Torma_(Votikvere)_vallavalitsus, lk 44
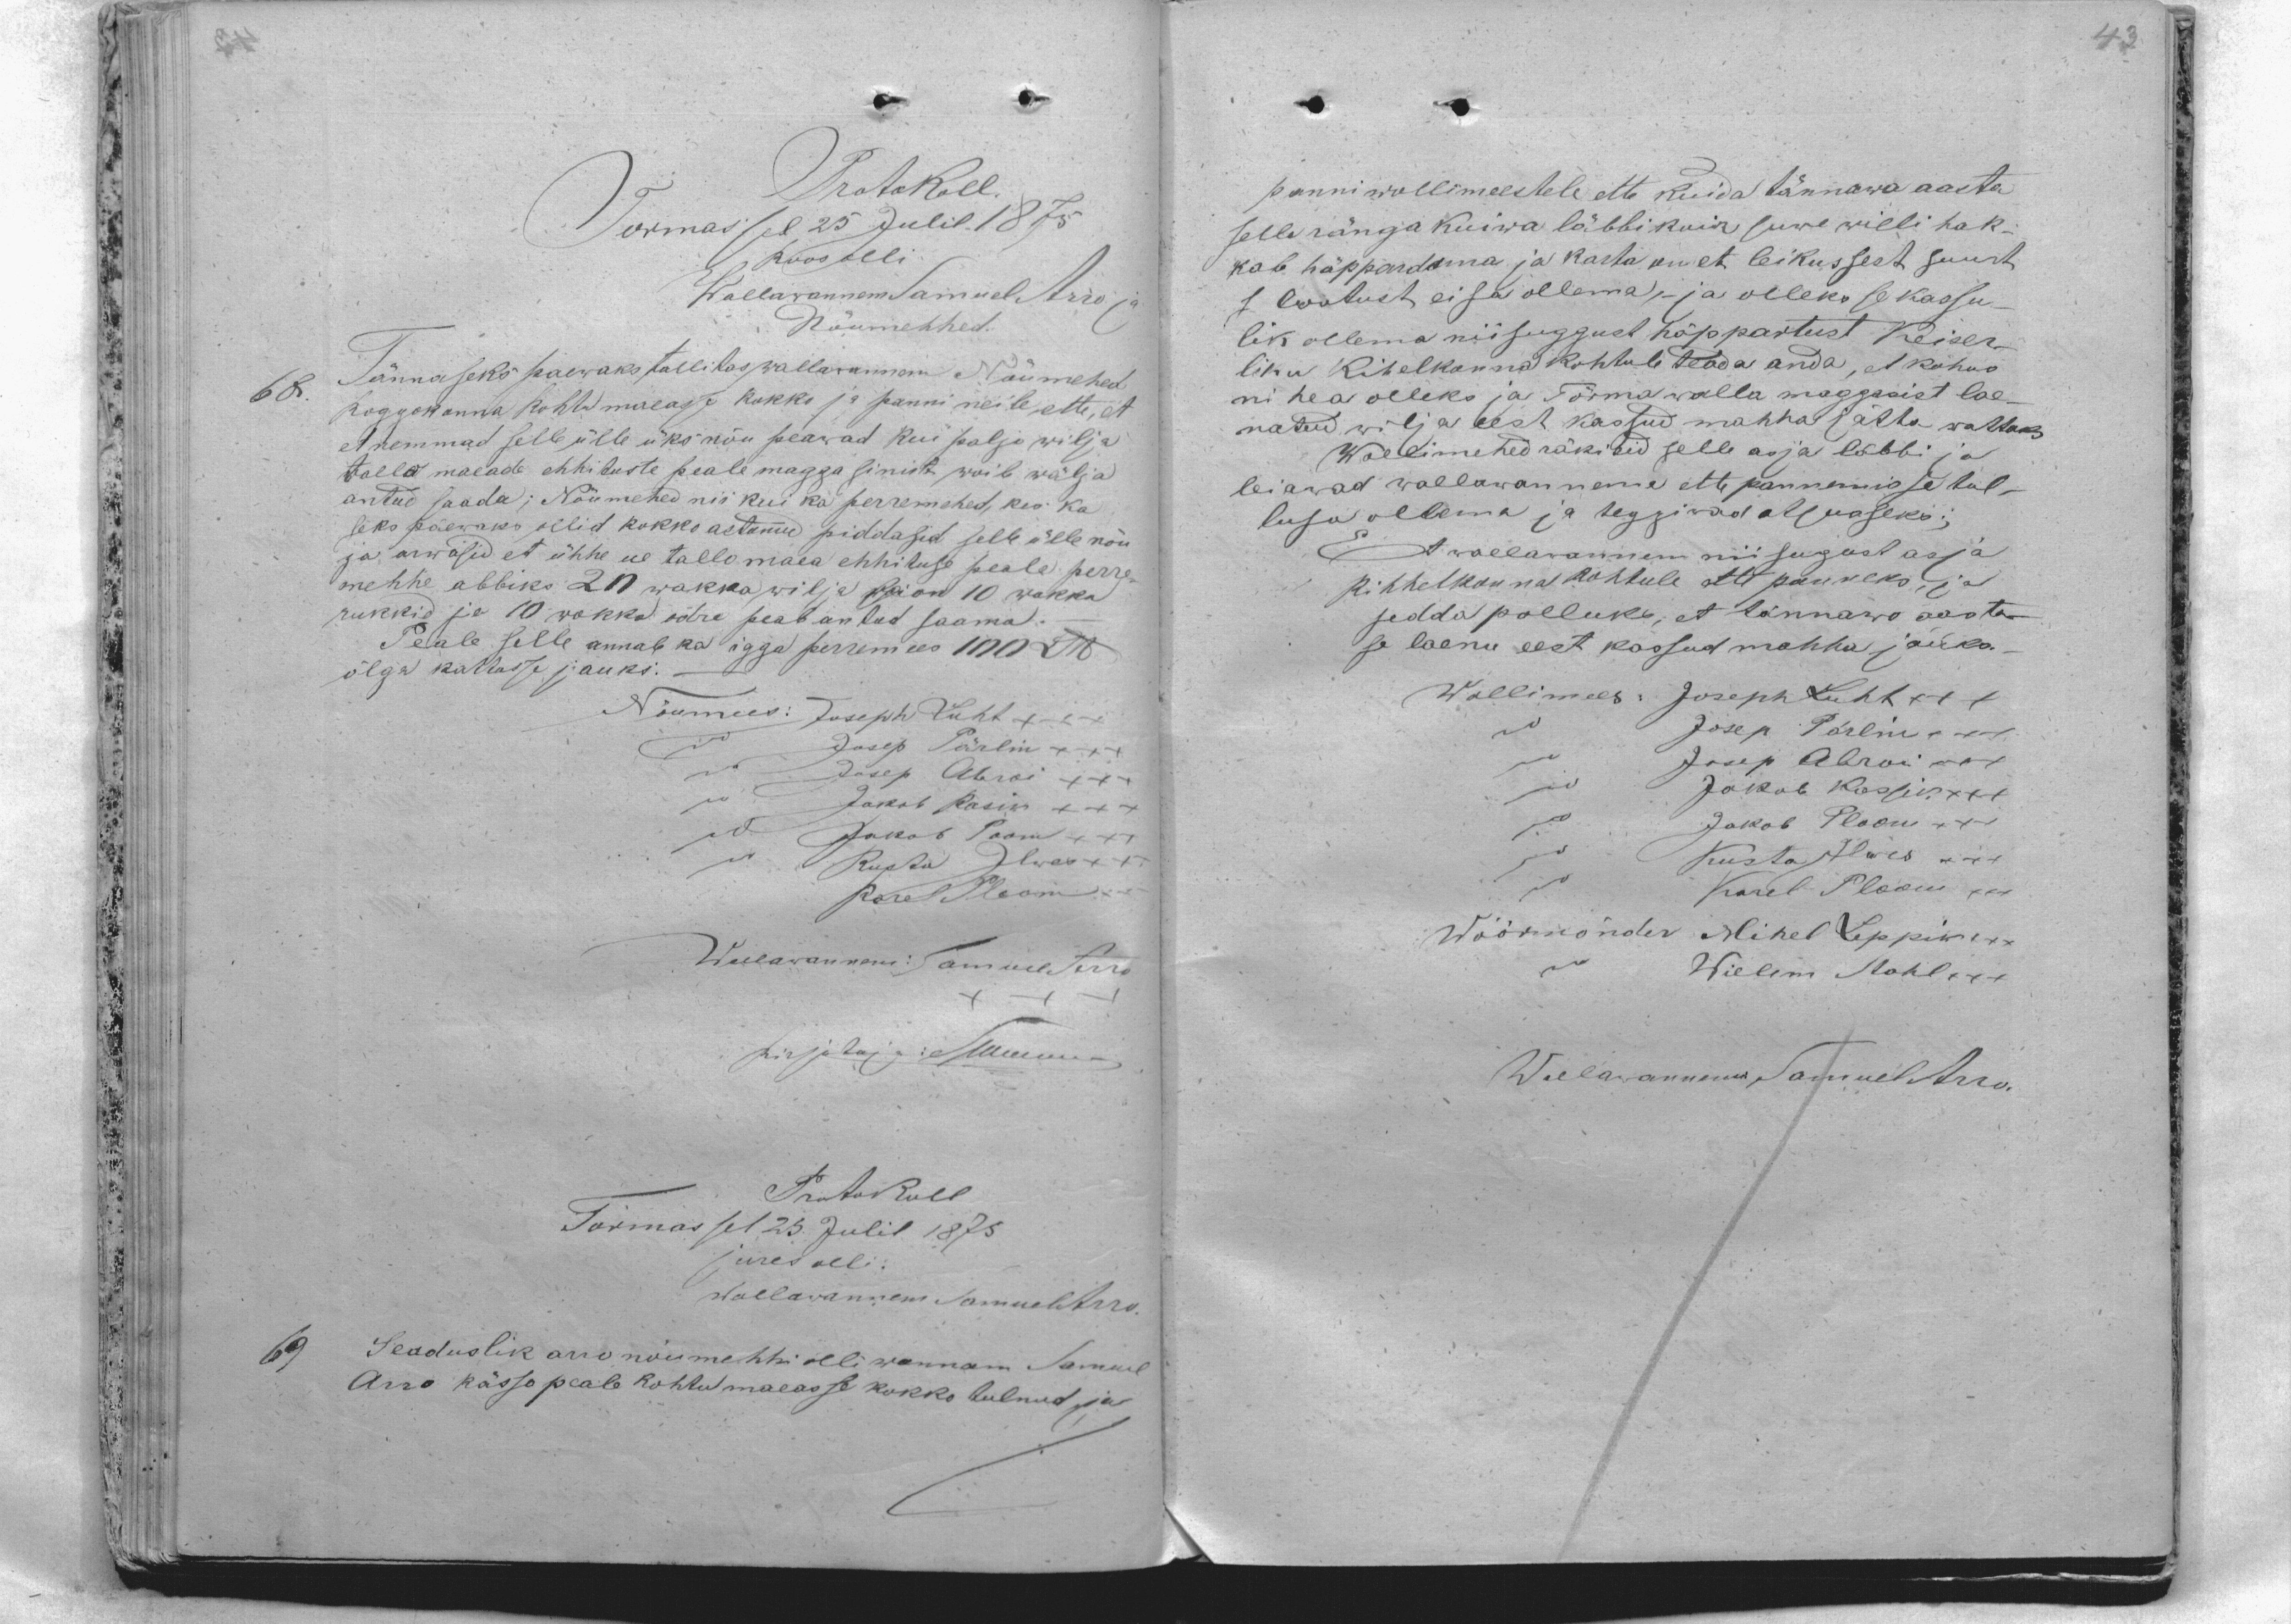
Protokoll.
Tormas sel 25 Julil 1875
Koos olli.
Wallawannem Samuel Arro ja
Nõumehhed:
68. Tännaseks paewaks tallitas wallawannem Nõumehed
koggokonna kohtu maeas kokko ja panni neile ette et
et nemmad selle ülle üks nõu peawad kui paljo wilja
tallo maeade ehhituste peale maggasinist woib wälja
antud saada; Nõumehed nii kui ka perremehed, kes ka
seks päewaks ollid kokko astunud piddasid selle ülle nõu
ja arwasid et ühhe ue tallo maea ehhituse peale perre-
mehhe abbiks 20 wakka wilja sai on 10 wakka
rukkid ja 10 wakka odre peab antud saama.
Peale selle annab ka igga perremees 100 Llb
õlga kattusse jauks.
Nõumees: Joseph Luht XXX
Joosep Pärlin XXX
do
Josep Abroi XXX
do
do
Jakob Kasik XXX
do
Jakob Poom XXX
do
Kusta Ilwes XX
Karel Ploom
Wallawanem Samuel Arro
Kirjutaja Muunel
Protokoll
Tormas sel 25 Julil 1875
juures olli:
wallawannem Samuel Arro.
Seaduslik arw nõumehhi olli wannem Samuel
Arro kässo peale kohtu maeasse kokko tulnud ja

panni wollimeestele ette kuida tännawa aasta
selle ränga kuiwa läbbi koik suwe willi hak-
kab häppendama ja karta on et leikussest suurt
lootust ei sa ollema, ja olleks se kassu-
lik ollema niisuggust häppartust Keiser-
liku Kihelkonna kohtule teada anda, et kohus
ni hea olleks ja Tõrma walla maggasist lae-
natud wilja eest kassud mahha jätta wattaks
Wollimehed räkisid selle asja läbbi ja
leiawad wallawannema ette pannemisse tul-
lusa ollema ja teggiwad otsusseks:
Et wallawannem niisugust asja
kihhelkonna kohtule ettepaneks ja
sedda palluks, et tännawo aasta-
se laenu eest kassud mahha jääks.-
Wollimees: Joseph Luht xxx
Josep Pärlin XXX
Josep Abroi XXX
Jakob Kassik XXX
Jakob Ploom XXX
Kusta Ilwes XXX
Karel Ploom XXX
Wööramönder Mihel Leppik XXX
Willem Stahl XXX
Wallawannem  Samuel Arro.